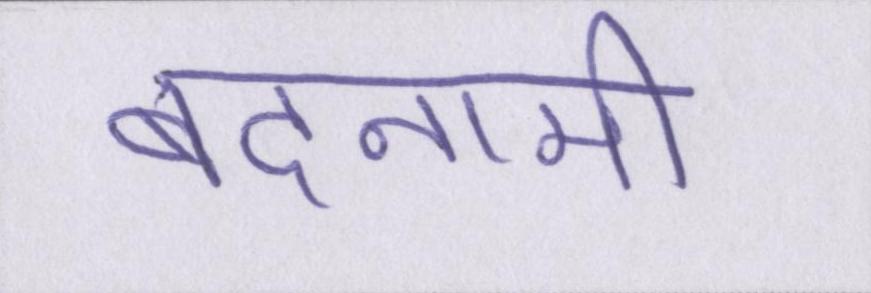
बदनामी